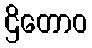
ဌိတောဝ